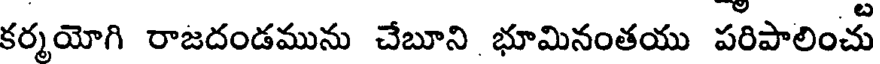
కర్మయోగి రాజదండమును చేబూని భూమినంతయు పరిపాలించు